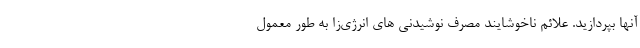
آنها بپردازید. علائم ناخوشایند مصرف نوشیدنی های انرژی‌زا به طور معمول